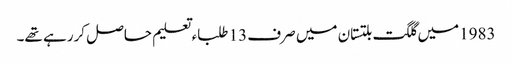
1983میں گلگت بلتستان میں صرف 13 طلباء تعلیم حاصل کررہے تھے۔